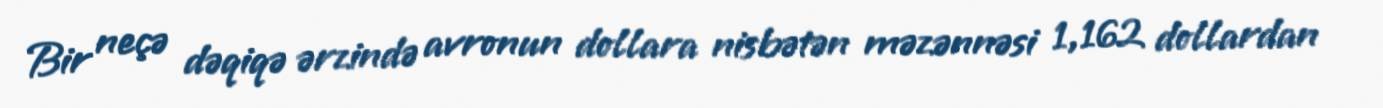
Bir neçə dəqiqə ərzində avronun dollara nisbətən məzənnəsi 1,162 dollardan